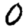
Digit: 0